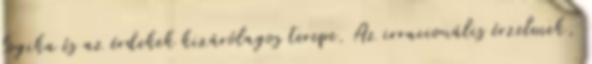
logika és az érdekek kizárólagos terepe. Az irracionális érzelmek,